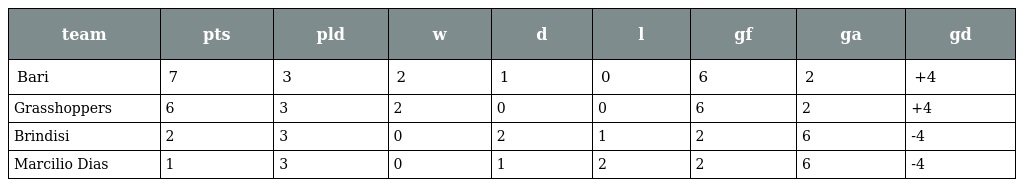
| team | pts | pld | w | d | l | gf | ga | gd |
 | --- | --- | --- | --- | --- | --- | --- | --- | --- |
 | Bari | 7 | 3 | 2 | 1 | 0 | 6 | 2 | +4 |
 | Grasshoppers | 6 | 3 | 2 | 0 | 0 | 6 | 2 | +4 |
 | Brindisi | 2 | 3 | 0 | 2 | 1 | 2 | 6 | -4 |
 | Marcilio Dias | 1 | 3 | 0 | 1 | 2 | 2 | 6 | -4 |